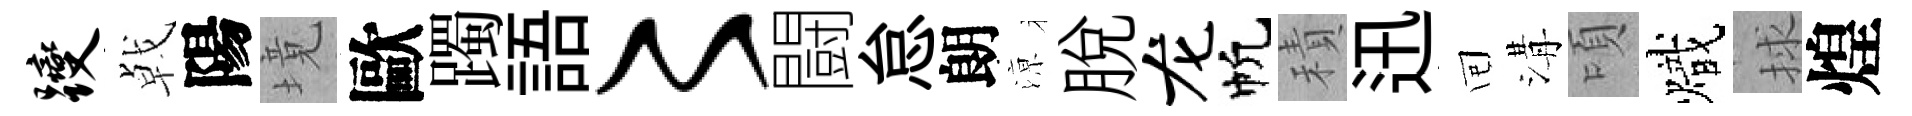
躞㦸陽境歐躅語〻闘怠朗鿌脫龙帆積迅囘溝頃熾捄煌